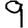
Digit: 9